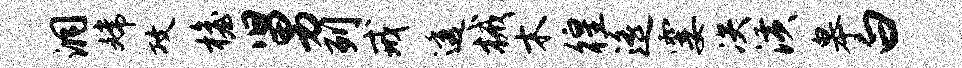
洞嫦攻檐舅列戒透械木徨遥霎决潢皋白